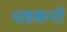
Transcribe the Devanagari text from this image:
धडकनों